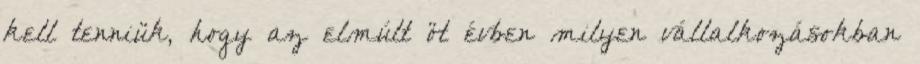
kell tenniük, hogy az elmúlt öt évben milyen vállalkozásokban